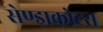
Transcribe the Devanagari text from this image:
सेण्ड्राकोटस